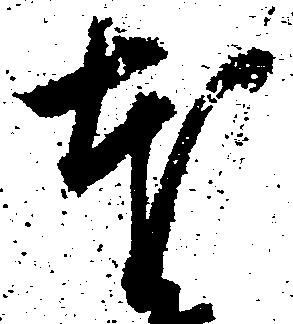
本